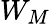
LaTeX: W_{M}